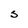
Character: s